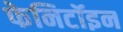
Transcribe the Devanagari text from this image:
फेनिटॉइन